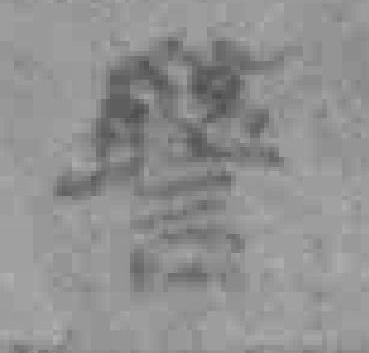
警